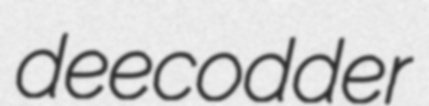
deecodder